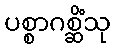
ပစ္စာဂစ္ဆိံသု